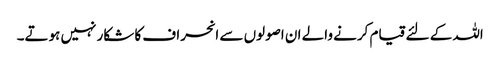
اللہ کے لئے قیام کرنے والے ان اصولوں سے انحراف کا شکار نہیں ہوتے۔